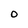
Character: O